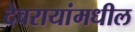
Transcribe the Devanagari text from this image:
देवरायांमधील